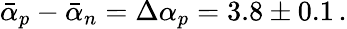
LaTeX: \bar{\alpha}_{p}-\bar{\alpha}_{n}=\Delta\alpha_{p}=3.8\pm 0.1\, .